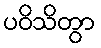
ပဝိသိတွာ